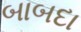
બાબદા